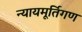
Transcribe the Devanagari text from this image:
न्यायमूर्तिगण